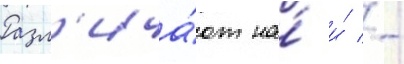
Разл'ича́ют на́ и́ -